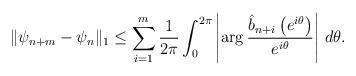
LaTeX: \begin{align*} \|\psi_{n+m} - \psi_n\|_1 \leq \sum_{i=1}^m\frac{1}{2\pi}\int_0^{2\pi}\left|\arg\frac{\hat{b}_{n+i}\left(e^{i\theta}\right)}{e^{i\theta}}\right|\,d\theta.\end{align*}